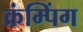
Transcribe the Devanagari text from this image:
क्रंम्पिंग